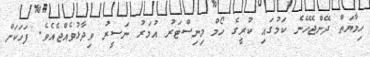
ހިމާޔަތް ދޭންޖެހޭނެ ކަމުގައި ކުރީގެ ހޯމް މިނިސްޓަރު އުމަރު ނަސީރު ވިދާޅުވެއްޖެއެވެ. ފަހަކަށް